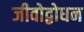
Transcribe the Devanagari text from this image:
जीवोद्बोधन